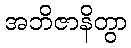
အဘိဇာနိတွာ